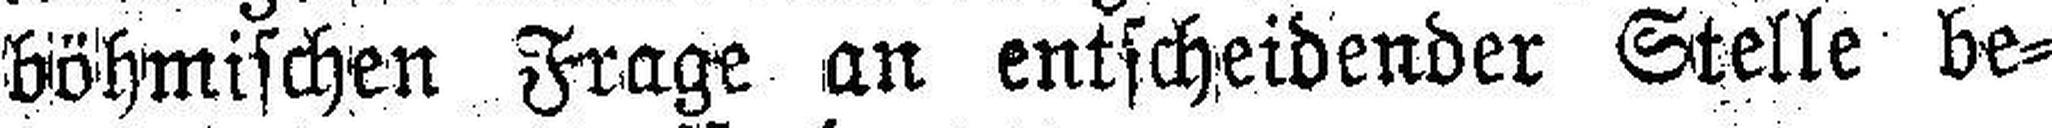
böhmischen Frage an entscheidender Stelle be¬